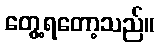
တွေ့ရတော့သည်။